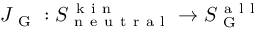
J _ { \mathrm { ~ G ~ } } : S _ { \mathrm { ~ n ~ e ~ u ~ t ~ r ~ a ~ l ~ } } ^ { \mathrm { ~ k ~ i ~ n ~ } } \to S _ { \mathrm { ~ G ~ } } ^ { \mathrm { ~ a ~ l ~ l ~ } }